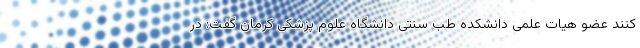
کنند عضو هیات علمی دانشکده طب سنتی دانشگاه علوم پزشکی کرمان گفت: در